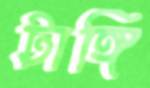
টাঙ্গি